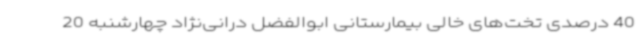
40 درصدی تخت‌های خالی بیمارستانی ابوالفضل درانی‌نژاد چهارشنبه 20